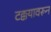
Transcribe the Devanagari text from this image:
टक्कयावरून